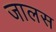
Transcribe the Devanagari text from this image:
जालस